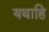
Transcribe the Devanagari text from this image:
यथाहि